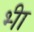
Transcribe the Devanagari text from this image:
भ्‍ीा